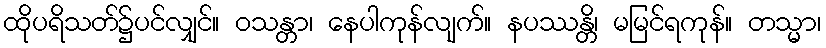
ထိုပရိသတ်၌ပင်လျှင်။ ဝသန္တာ၊ နေပါကုန်လျက်။ နပဿန္တိ၊ မမြင်ရကုန်။ တသ္မာ၊